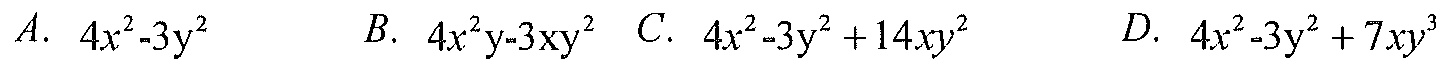
A. \(4x^{2}-3y^{2}\)  B. \(4x^{2}y - 3xy^{2}\) C. \(4x^{2}-3y^{2}+14xy^{2}\)  D. \(4x^{2}-3y^{2}+7xy^{3}\)